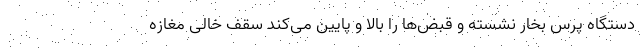
دستگاه پرس بخار نشسته و قبض‌ها را بالا و پایین می‌کند سقف خالی مغازه